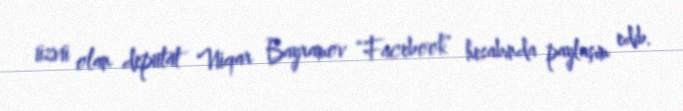
üzvü olan deputat Vüqar Bayramov “Facebook” hesabında paylaşım edib.